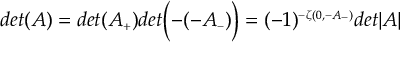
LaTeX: d e t ( A ) = d e t ( A _ { \scriptscriptstyle + } ) d e t \Bigl ( - ( - A _ { \scriptscriptstyle - } ) \Bigr ) = ( - 1 ) ^ { \scriptscriptstyle - \zeta ( 0 , - A _ { \scriptscriptstyle - } ) } d e t \vert A \vert